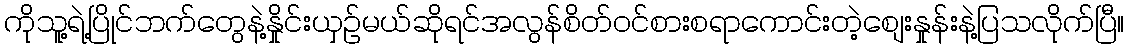
ကိုသူ့ရဲ့ပြိုင်ဘက်တွေနဲ့နှိုင်းယှဉ်မယ်ဆိုရင်အလွန်စိတ်ဝင်စားစရာကောင်းတဲ့စျေးနှုန်းနဲ့ပြသလိုက်ပြီ။